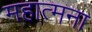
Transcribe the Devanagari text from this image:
महात्मना